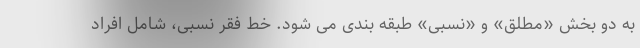
به دو بخش «مطلق» و «نسبی» طبقه بندی می شود. خط فقر نسبی، شامل افراد